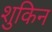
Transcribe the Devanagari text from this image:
शुकिन